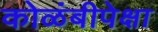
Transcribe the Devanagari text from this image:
कोळंबीपेक्षा